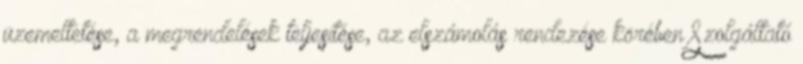
üzemeltetése, a megrendelések teljesítése, az elszámolás rendezése körében Szolgáltató